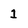
Character: 1